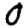
Digit: 0